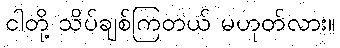
ငါတို့ သိပ်ချစ်ကြတယ် မဟုတ်လား။